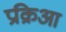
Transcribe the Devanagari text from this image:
प्रक्रिआ